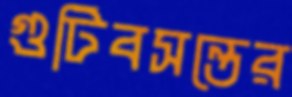
গুটিবসন্তের